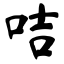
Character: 咭